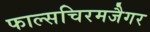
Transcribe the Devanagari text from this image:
फाल्सचिरमजैगर